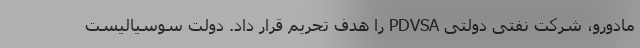
مادورو، شرکت نفتی دولتی PDVSA را هدف تحریم قرار داد. دولت سوسیالیست